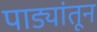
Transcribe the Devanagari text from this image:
पाड्यांतून